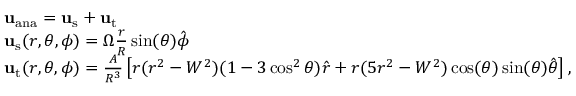
\begin{array} { r l } & { \mathbf { u } _ { \mathrm { a n a } } = \mathbf { u } _ { \mathrm { s } } + \mathbf { u } _ { \mathrm { t } } } \\ & { \mathbf { u } _ { \mathrm { s } } ( r , \theta , \phi ) = \Omega \frac { r } { R } \sin ( \theta ) \hat { \boldsymbol \phi } } \\ & { \mathbf { u } _ { \mathrm { t } } ( r , \theta , \phi ) = \frac { A } { R ^ { 3 } } \left[ r ( r ^ { 2 } - W ^ { 2 } ) ( 1 - 3 \cos ^ { 2 } \theta ) \hat { \boldsymbol r } + r ( 5 r ^ { 2 } - W ^ { 2 } ) \cos ( \theta ) \sin ( \theta ) \hat { \boldsymbol \theta } \right] , } \end{array}